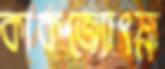
কাকজ্যোৎস্না